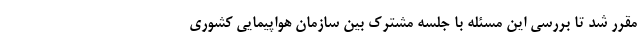
مقرر شد تا بررسی این مسئله با جلسه مشترک بین سازمان هواپیمایی کشوری